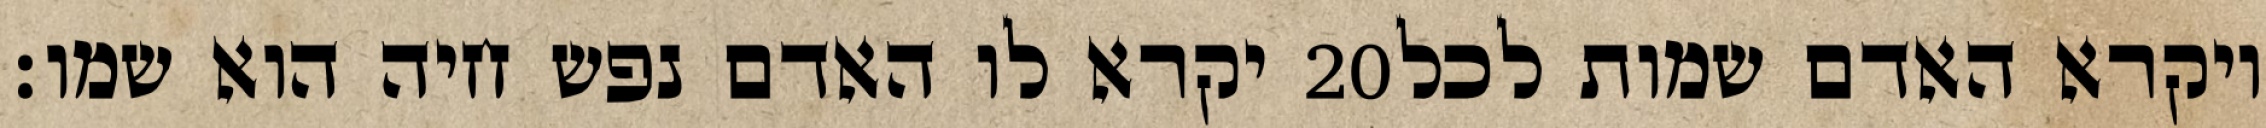
יקרא לו האדם נפש חיה הוא שמו׃ ‎20‏ ויקרא האדם שמות לכל